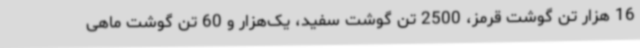
16 هزار تن گوشت قرمز، 2500 تن گوشت سفید، یک‌هزار و 60 تن گوشت ماهی